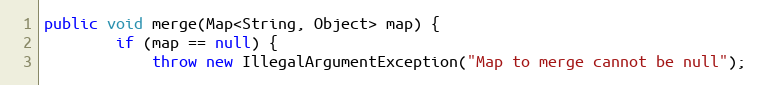
Language: Java
public void merge(Map<String, Object> map) {
        if (map == null) {
            throw new IllegalArgumentException("Map to merge cannot be null");